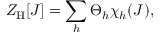
Z _ { \mathrm { H } } [ J ] = \sum _ { h } \Theta _ { h } \chi _ { h } ( J ) ,